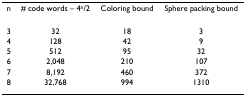
<table><thead><tr><td><b>n</b></td><td><b># code words – 4<sup>n</sup>/2</b></td><td><b>Coloring bound</b></td><td><b>Sphere packing bound</b></td></tr></thead><tbody><tr><td>3</td><td>32</td><td>18</td><td>3</td></tr><tr><td>4</td><td>128</td><td>42</td><td>9</td></tr><tr><td>5</td><td>512</td><td>95</td><td>32</td></tr><tr><td>6</td><td>2,048</td><td>210</td><td>107</td></tr><tr><td>7</td><td>8,192</td><td>460</td><td>372</td></tr><tr><td>8</td><td>32,768</td><td>994</td><td>1310</td></tr></tbody></table>